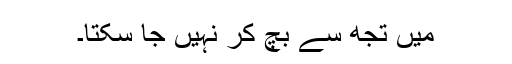
میں تجھ سے بچ کر نہیں جا سکتا۔